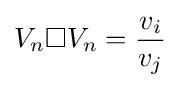
V_{n}\square V_{n}={\frac {v_{i}}{v_{j}}}